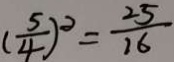
( \frac { 5 } { 4 } ) ^ { 2 } = \frac { 2 5 } { 1 6 }